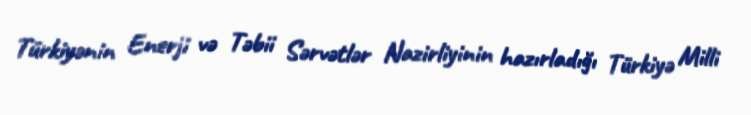
Türkiyənin Enerji və Təbii Sərvətlər Nazirliyinin hazırladığı Türkiyə Milli